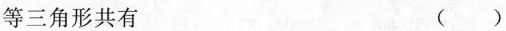
等三角形共有 ()